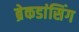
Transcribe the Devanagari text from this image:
ब्रेकडांसिंग